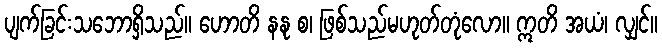
ပျက်ခြင်းသဘောရှိသည်။ ဟောတိ နနု စ၊ ဖြစ်သည်မဟုတ်တုံလော။ ဣတိ အယံ၊ လျှင်။